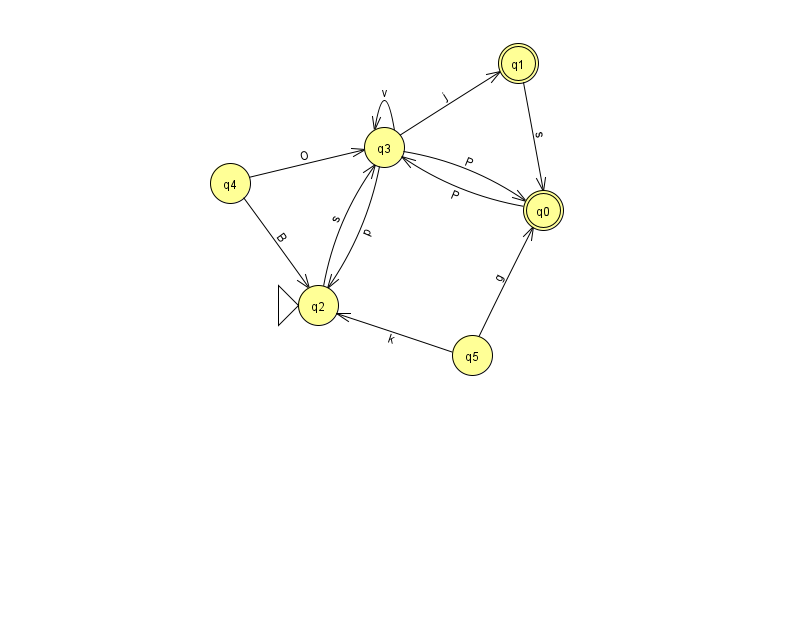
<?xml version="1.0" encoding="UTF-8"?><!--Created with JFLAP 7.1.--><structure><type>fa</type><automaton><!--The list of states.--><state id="0" name="q0"><x>543.0</x><y>197.0</y><final/></state><state id="1" name="q1"><x>518.0</x><y>50.0</y><final/></state><state id="2" name="q2"><x>318.0</x><y>292.0</y><initial/></state><state id="3" name="q3"><x>384.0</x><y>134.0</y></state><state id="4" name="q4"><x>230.0</x><y>170.0</y></state><state id="5" name="q5"><x>472.0</x><y>342.0</y></state><!--The list of transitions.--><transition><from>5</from><to>2</to><read>k</read></transition><transition><from>2</from><to>3</to><read>s</read></transition><transition><from>0</from><to>3</to><read>P</read></transition><transition><from>3</from><to>0</to><read>P</read></transition><transition><from>3</from><to>1</to><read>j</read></transition><transition><from>3</from><to>3</to><read>v</read></transition><transition><from>4</from><to>2</to><read>B</read></transition><transition><from>3</from><to>2</to><read>p</read></transition><transition><from>1</from><to>0</to><read>s</read></transition><transition><from>4</from><to>3</to><read>O</read></transition><transition><from>5</from><to>0</to><read>g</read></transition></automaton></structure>